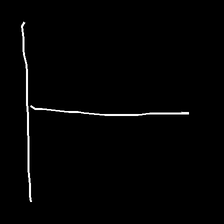
Glyph: column